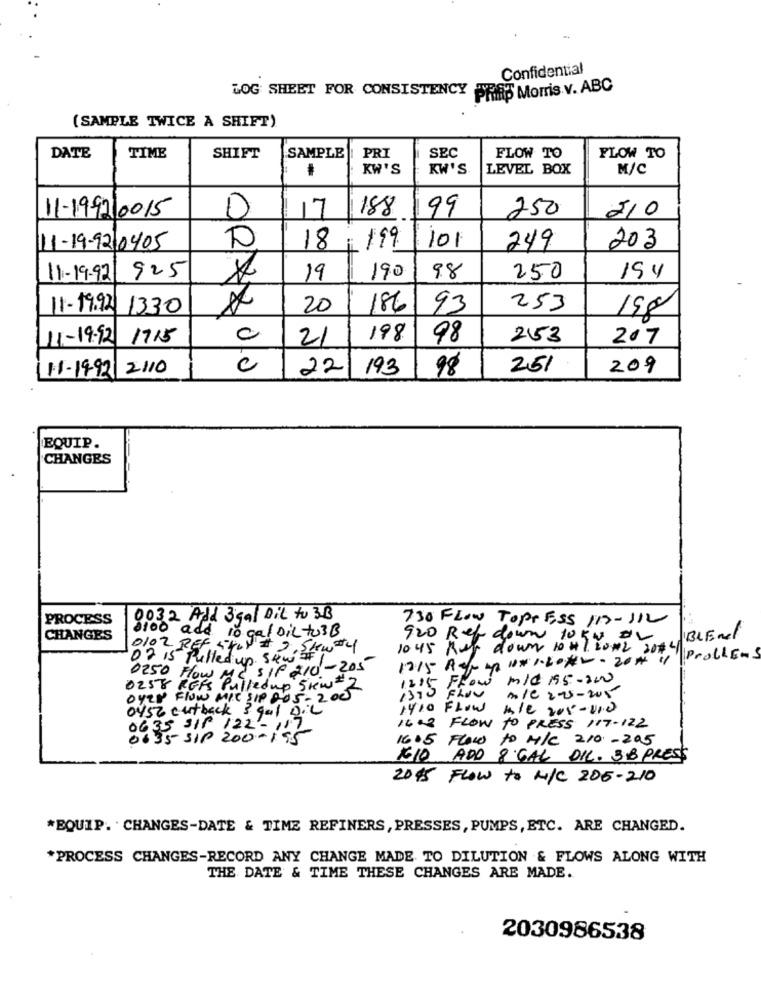
Confidential
LOG SHEET FOR CONSISTENCY FYRET Morris v. ABC
(SAMPLE TWICE A SHIFT)
SAMPLE
SEC
FLOW TO
DATE
TIME
SHIFT
PRI
FLOW TO
KW'S
KW'S
LEVEL BOX
M/C
11-199710015
D
188
250
210
17
99
101
11-19-92 0405
18
, 199
249
203
11-19-92
925
19
190
9.8
250
194
11-19.92
1330
20
186
93
253
198
11-19-92 1715
c
21
198
98
253
207
11-1992 2110
010
22
193
98
251
209
EQUIP
CHANGES
PROCESS
0032 Add 3 gal Dil to 3B
730 FLOW TOPP ES5 119- 112
CHANGES
0100 add 10 gal Dil to3B
920 Ref down 10 50 82
IBLEnd
0102 REP
10:45 Run down 10#7. LONL
12 30#4
02 15 Pulled up seww 4
12:15 Ago 20 10 # 1.20#W - 20# 11
Problems
SIP 210-205
0250 Flow ME
Flow mld 155-200
0258 REFS
Ers Pulledup Srw# 2
Over Flow MIC SIP 8-05- 200
1390 FLOU
mle 2-5-205
0452 cutback 3 gol Dil
1410 Flow mle 205-200
0635 JIP 122 - 187
1402 FLOW TO PRESS 117-122
8635 SIP 200-195
1605 Flow to M/C 210-205
GIO ADD 8 GAL DIC. 3B PRESS
20.45 Flow to N/C 205-210
*EQUIP. . CHANGES-DATE & TIME REFINERS, PRESSES, PUMPS, ETC. ARE CHANGED.
*PROCESS CHANGES-RECORD ANY CHANGE MADE TO DILUTION & FLOWS ALONG WITH
THE DATE & TIME THESE CHANGES ARE MADE.
2030986538